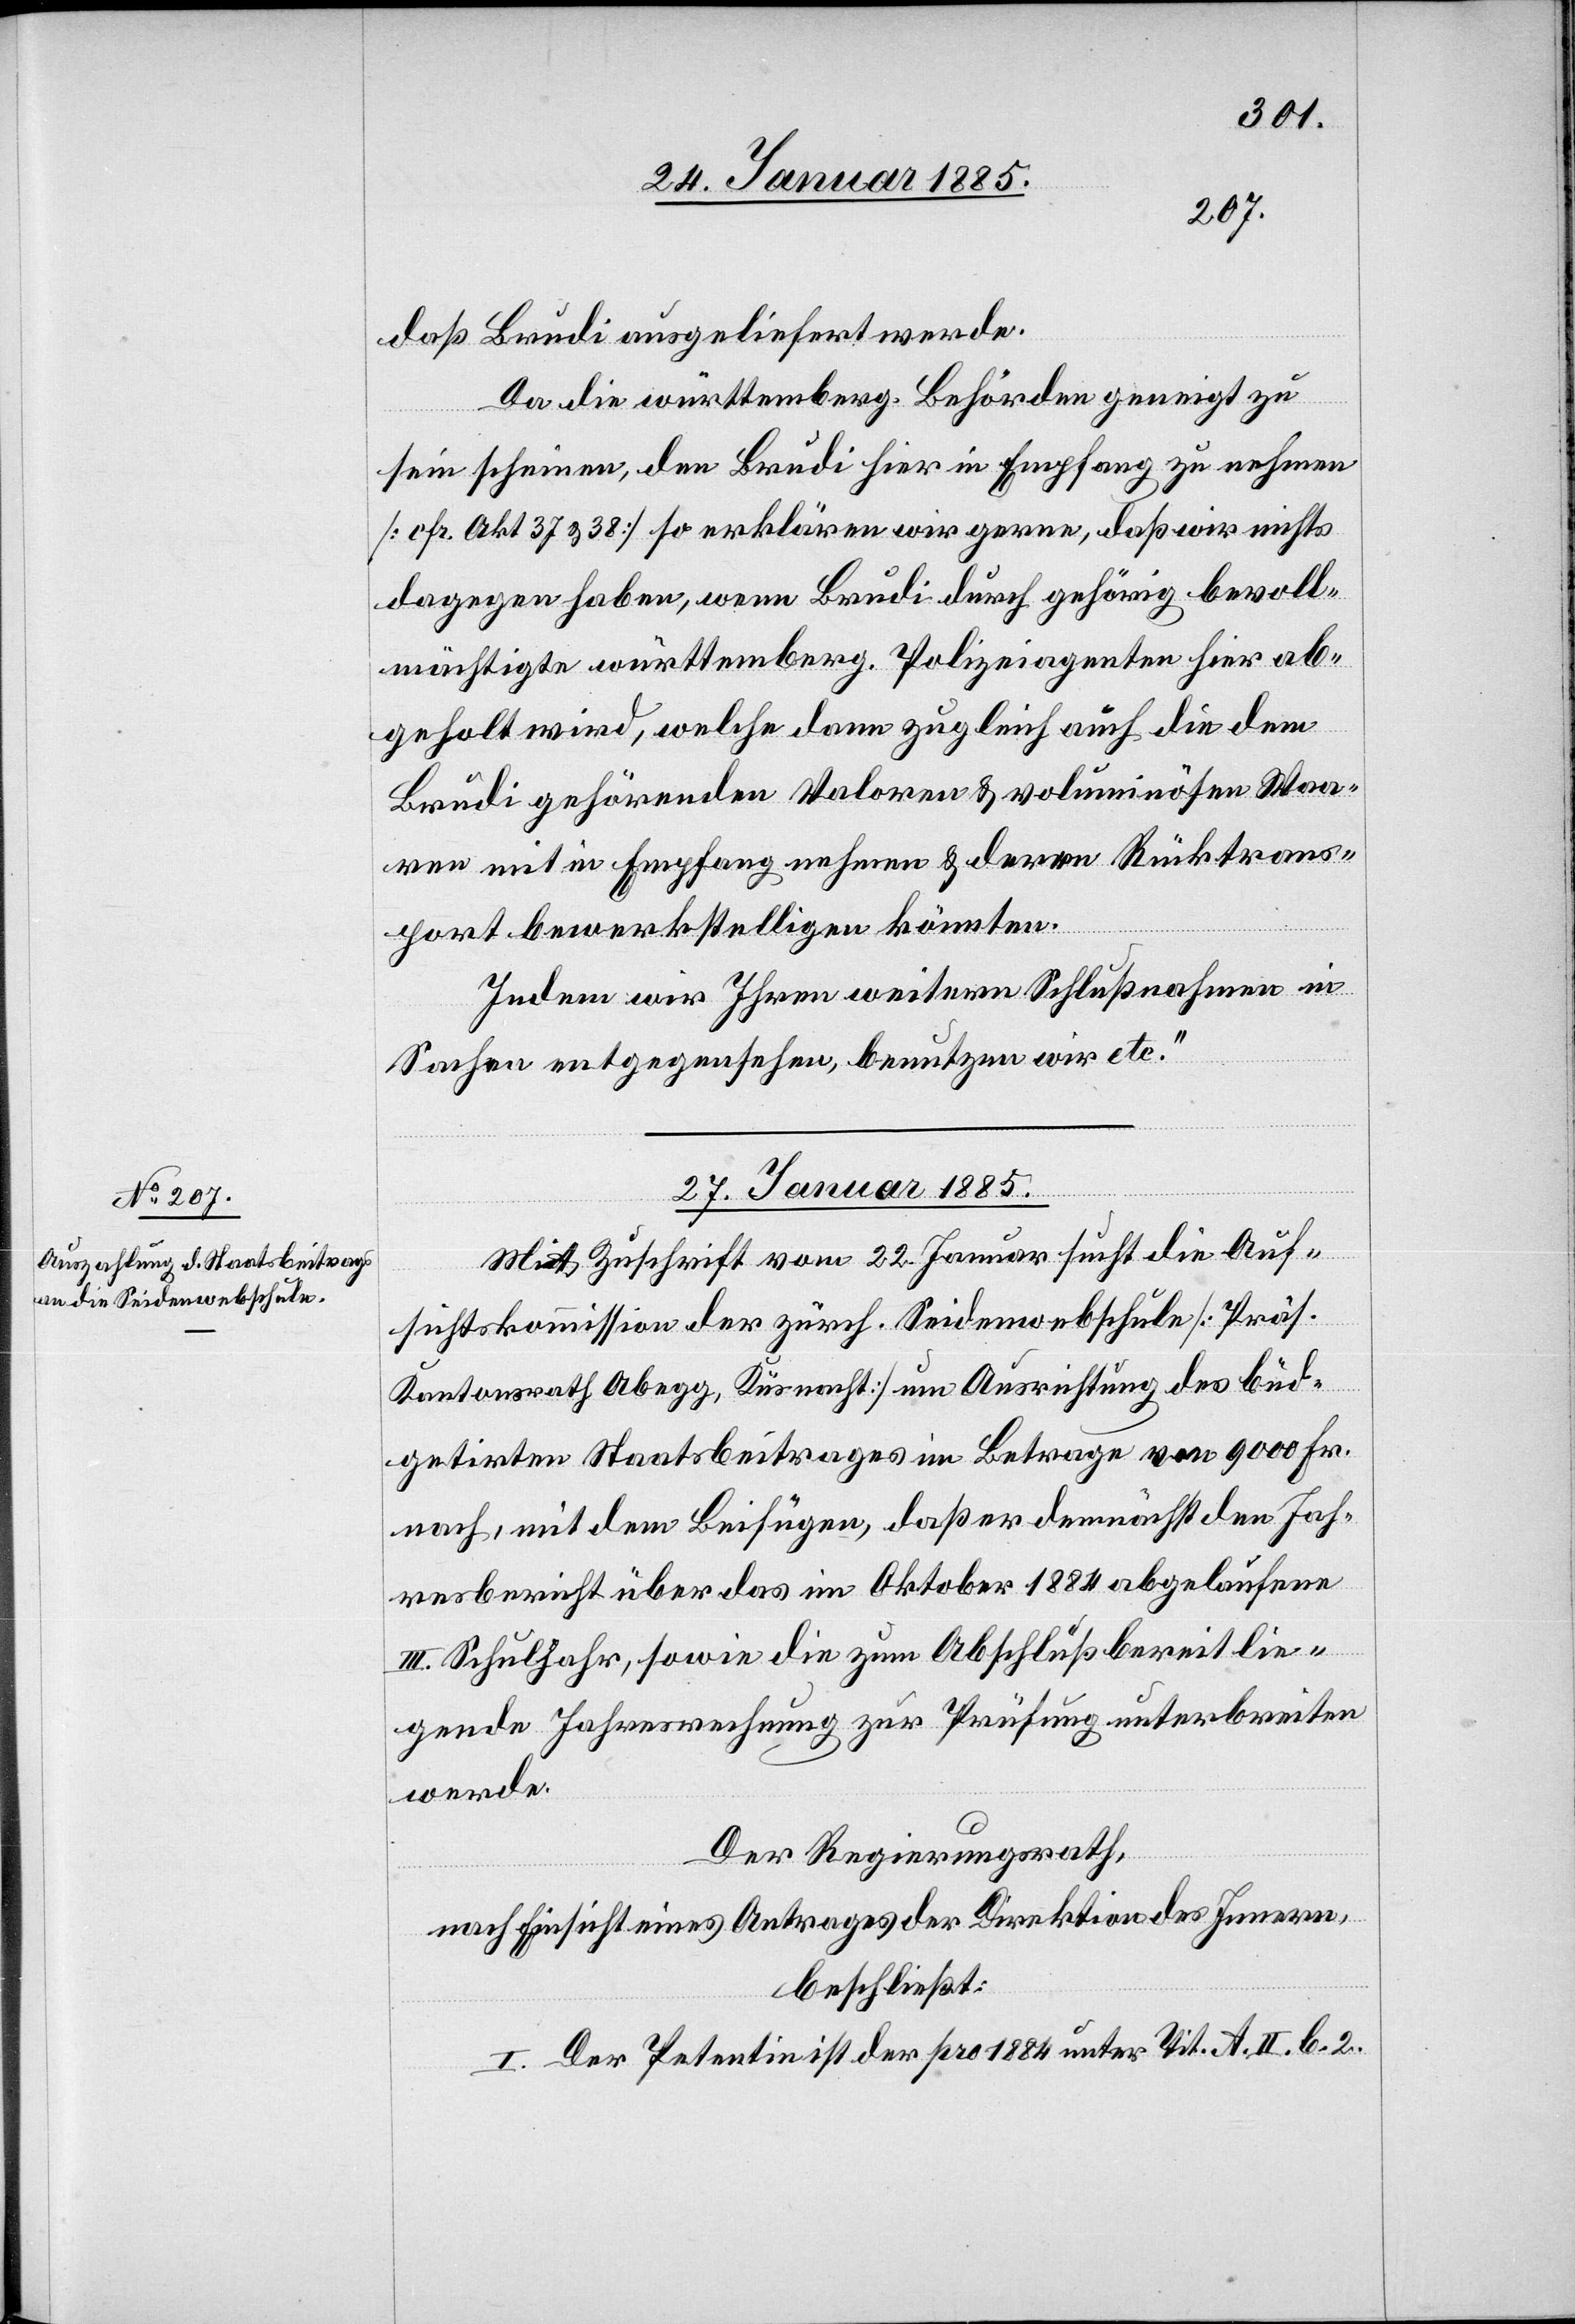
daß Brudi ausgeliefert werde.
Da die württemberg. Behörden geneigt zu
sein scheinen, den Brudi hier in Empfang zu nehmen
[cfr. Akt. 37 & 38] so erklären wir gerne, daß wir nichts
dagegen haben, wenn Brudi durch gehörig bevoll¬
mächtigte württemberg. Polizeiagenten hier ab¬
geholt wird, welche dann zugleich auch die dem
Brudi gehörenden Valoren & voluminösen Waa¬
ren mit in Empfang nehmen & deren Rücktrans¬
port bewerkstelligen könnten.
Indem wir Ihren weitern Schlußnahmen in
Sachen entgegensehen, benutzen wir etc.“
27. Januar 1885.
Mit Zuschrift vom 22. Januar sucht die Auf¬
sichtskommission der zürch. Seidenwebschule [Präs.
Kantonsrath Abegg, Küsnacht] um Ausrichtung des bud¬
getirten Staatsbeitrages im Betrage von 9000 Fr.
nach, mit dem Beifügen, daß er demnächst den Jah¬
resbericht über das im Oktober 1884 abgelaufene
III. Schuljahr, sowie die zum Abschluß bereit lie¬
genden Jahresrechnung zur Prüfung unterbreiten
werde.
Der Regierungsrath,
nach Einsicht eines Antrages der Direktion des Innern,
beschließt:
I. Der Petentin ist der pro 1884 unter Tit. A. II. b. 2.